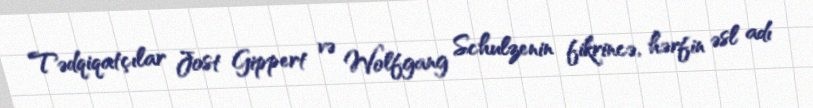
Tədqiqatçılar Jost Gippert və Wolfgang Schulzenin fikrincə, hərfin əsl adı